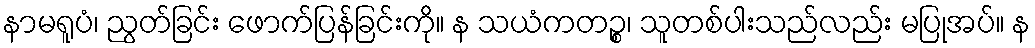
နာမရူပံ၊ ညွတ်ခြင်း ဖောက်ပြန်ခြင်းကို။ န သယံကတဉ္စ၊ သူတစ်ပါးသည်လည်း မပြုအပ်။ န